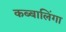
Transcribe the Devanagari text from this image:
कब्बालिंगा